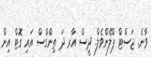
ވާނެ. ޖަސްޓް ޕްލޭންވެލް. ދީސް އާރ ދަ ތިންގްސް އައި ގޮޓް އިން